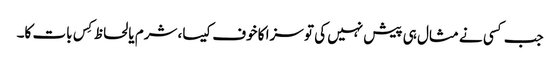
جب کسی نے مثال ہی پیش نہیں کی تو سزا کا خوف کیسا، شرم یا لحاظ کِس بات کا۔